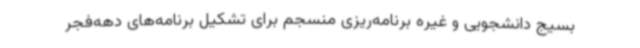
بسیج دانشجویی و غیره برنامه‌ریزی منسجم برای تشکیل برنامه‌های دهه‌فجر